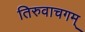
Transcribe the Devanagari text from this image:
तिरुवाचगम्‌